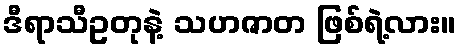
ဒီရာသီဥတုနဲ့ သဟဇာတ ဖြစ်ရဲ့လား။